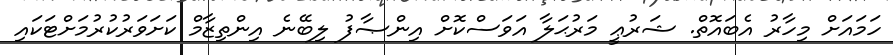
ހަމައަށް މިހާރު އެބައޮތް. ޝަރުޢީ މަރުޙަލާ އަވަސްކޮށް އިންޞާފު ލިބޭނެ އިންތިޒާމް ކަށަވަރުކުރުމަށްޓަކައި